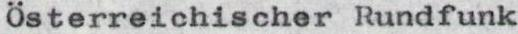
Österreichischer Rundfunk